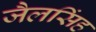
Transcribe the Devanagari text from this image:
जैलसिंह